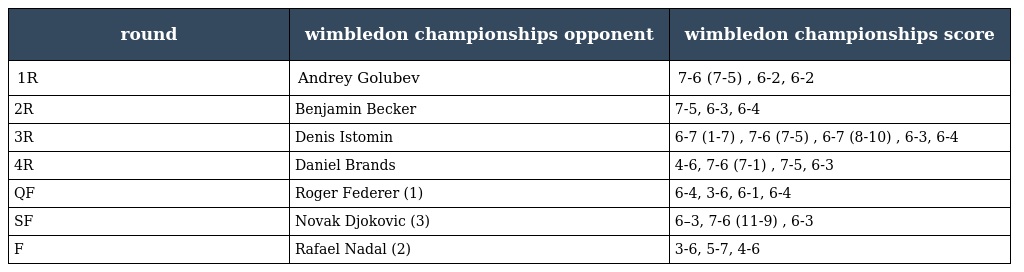
| round | wimbledon championships opponent | wimbledon championships score |
 | --- | --- | --- |
 | 1R | Andrey Golubev | 7-6 (7-5) , 6-2, 6-2 |
 | 2R | Benjamin Becker | 7-5, 6-3, 6-4 |
 | 3R | Denis Istomin | 6-7 (1-7) , 7-6 (7-5) , 6-7 (8-10) , 6-3, 6-4 |
 | 4R | Daniel Brands | 4-6, 7-6 (7-1) , 7-5, 6-3 |
 | QF | Roger Federer (1) | 6-4, 3-6, 6-1, 6-4 |
 | SF | Novak Djokovic (3) | 6–3, 7-6 (11-9) , 6-3 |
 | F | Rafael Nadal (2) | 3-6, 5-7, 4-6 |